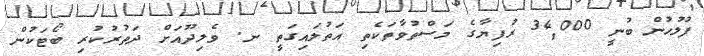
ފުލުހުން ބުނީ 34